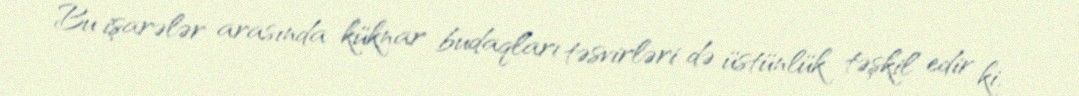
Bu işarələr arasında küknar budaqları təsvirləri də üstünlük təşkil edir ki,